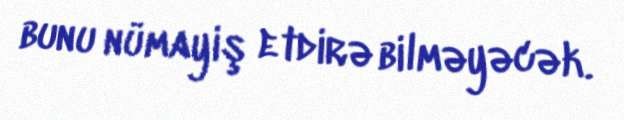
bunu nümayiş etdirə bilməyəcək.